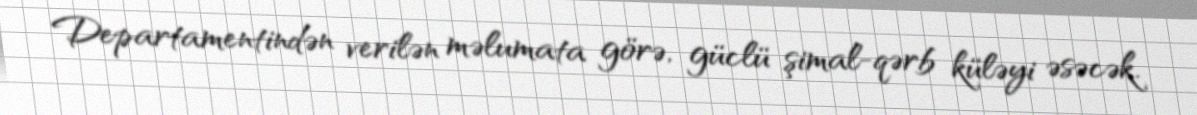
Departamentindən verilən məlumata görə, güclü şimal-qərb küləyi əsəcək.